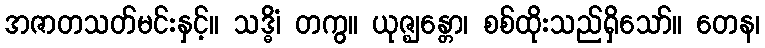
အဇာတသတ်မင်းနှင့်။ သဒ္ဓိံ၊ တကွ။ ယုဇ္ဈန္တော၊ စစ်ထိုးသည်ရှိသော်။ တေန၊